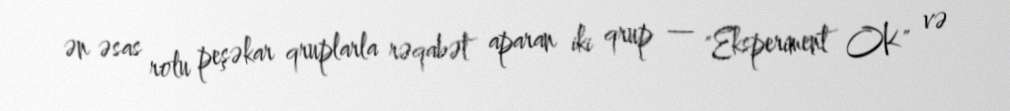
ən əsas rolu peşəkar qruplarla rəqabət aparan iki qrup — "Eksperiment OK" və